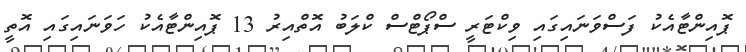
ޕޮއިންޓާއެކު ފަސްވަނައިގައި ވިކްޓަރީ ސްޕޯޓްސް ކްލަބު އޮތްއިރު 13 ޕޮއިންޓާއެކު ހަވަނައިގައި އޮތީ